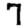
Digit: 7